Vaccine operations Central Provinces 1868-1885 - 1868-1885
Year: 1868
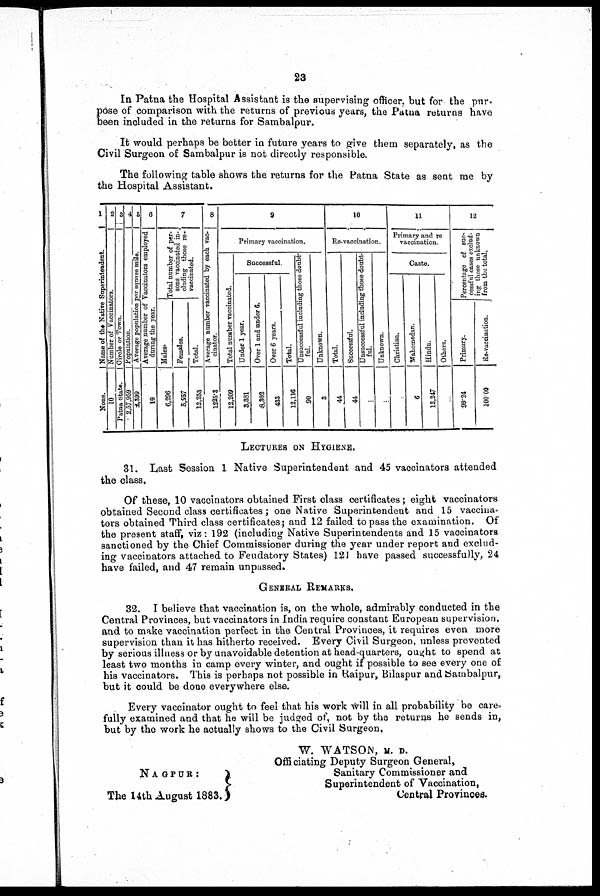
23
In Patna the Hospital Assistant is the supervising officer, but for the pur.
pose of comparison with the returns of previous years, the Patna returns have
been included in the returns for Sambalpur.
It would perhaps be better in future years to give them separately, as the
Civil Surgeon of Sambalpur is not directly responsible.
The following table shows the returns for the Patna State as sent me by
the Hospital Assistant.
1
Name of the Native Superintendent.
None.
2
Number of Vaccinators.
10
3
Circle or Town.
Patna State.
4
Population.
2,57,959
5
Average population per square mile.
2,399
6
Average number of Vaccinators employed
during the year.
10
7
Total number of per-
sons vaccinated in-
cluding those re-
vaccinated.
Males.
6,296
Females.
5,937
Total.
12,253
8
Average number vaccinated by each vac-
cinator.
1225.3
9
Primary vaccination.
Total number vaccinated.
12,209
Successful
Under 1 year.
3,381
Over 1 and under 6.
8,302
Over 6 years.
433
Total.
12,116
Unsuccessful including those doub-
ful.
90
Unknown.
3
10
Re-vaccination.
Total.
44
Successful.
44
Unsuccessful including those doubt-
ful.
...
Unknown.
..
11
Primary and re
vaccination.
Caste.
Christian.
Wahomedan.
6
Hindu.
12,247
Others.
12
Percentage of suc-
cessful cases exclud-
ing those unknown
from the total,
Primary.
99.24
Re-vaccination.
100.00
LECTURES ON HYGIENE.
31. Last Session 1 Native Superintendent and 45 vaccinators attended
the class.
Of these, 10 vaccinators obtained First class certificates; eight vaccinators
obtained Second class certificates; one Native Superintendent and 15 vaccina-
tors obtained Third class certificates; and 12 failed to pass the examination. Of
the present staff, viz: 192 (including Native Superintendents and 15 vaccinators
sanctioned by the Chief Commissioner during the year under report and exclud-
ing vaccinators attached to Feudatory States) 121 have passed successfully, 24
have failed, and 47 remain unpassed.
GENERAL REMARKS.
32. I believe that vaccination is, on the whole, admirably conducted in the
Central Provinces, but vaccinators in India require constant European supervision.
and to make vaccination perfect in the Central Provinces, it requires even more
supervision than it has hitherto received. Every Civil Surgeon, unless prevented
by serious illness or by unavoidable detention at head-quarters, ought to spend at
least two months in camp every winter, and ought if possible to see every one of
his vaccinators. This is perhaps not possible in Raipur, Bilaspur and Sambalpur,
but it could be done everywhere else.
Every vaccinator ought to feel that his work will in all probability be care-
fully examined and that he will be judged of, not by the returns he sends in,
but by the work he actually shows to the Civil Surgeon,
W. WATSON, M. D.
Officiating Deputy Surgeon General,
Sanitary Commissioner and
Superintendent of Vaccination,
Central Provinces.
NAGPUR:
The 14th August 1883.